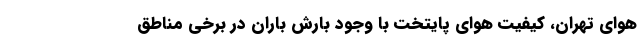
هوای ‌تهران، کیفیت هوای ‌پایتخت با وجود بارش باران در برخی مناطق